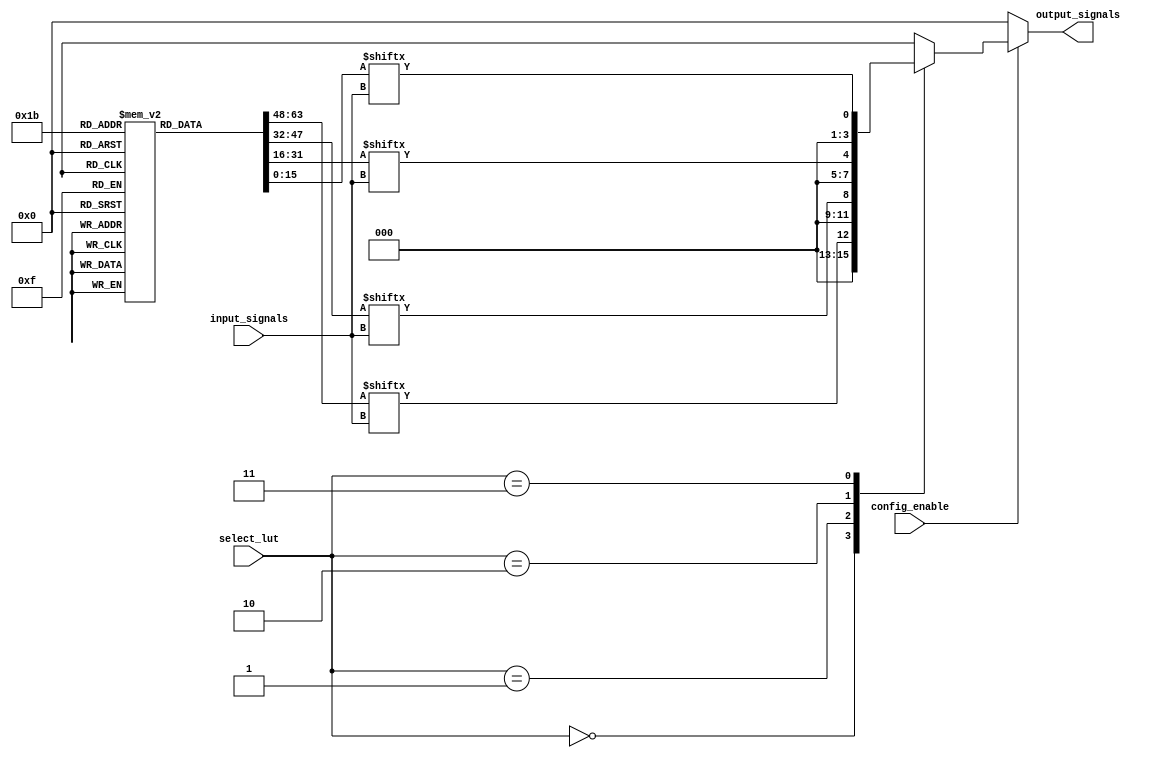
module CLB (
    input wire [3:0] input_signals,       // 4 input signals
    input wire [1:0] select_lut,          // Select signal to choose which LUT to use
    input wire           config_enable,    // Configuration enable signal
    output reg [3:0] output_signals        // 4 output signals
);
    
    // LUTs for 4 different logic operations (4-bit wide outputs)
    reg [15:0] lut [3:0]; // Assuming 4 LUTs, each with a 16-bit configuration

    // Configuration for the LUTs, can be set dynamically
    initial begin
        // Example logic configurations for LUTs
        lut[0] = 16'b0000000000000000; // This can be configured to implement specific logic functions
        lut[1] = 16'b0000000000001111; // Example: AND function for inputs
        lut[2] = 16'b1111111111111110; // Example: OR function for inputs
        lut[3] = 16'b1111111111110000; // Example: XOR function for inputs
    end

    // Combinational logic to select which LUT to use based on the select_lut input
    always @(*) begin
        if (config_enable) begin
            case (select_lut)
                2'b00: output_signals = lut[0][input_signals]; // Select first LUT
                2'b01: output_signals = lut[1][input_signals]; // Select second LUT
                2'b10: output_signals = lut[2][input_signals]; // Select third LUT
                2'b11: output_signals = lut[3][input_signals]; // Select fourth LUT
                default: output_signals = 4'b0000; // Default to zero (if needed)
            endcase
        end else begin
            output_signals = 4'b0000; // If configuration is not enabled, output zero
        end
    end

endmodule